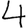
Digit: 4